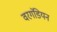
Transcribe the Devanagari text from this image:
वरगंडियन